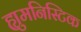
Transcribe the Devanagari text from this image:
ह्युमनिस्टिक